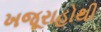
ખજૂરાહોથી